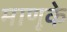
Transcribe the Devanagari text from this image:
माणूके